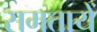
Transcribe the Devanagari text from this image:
समतायें